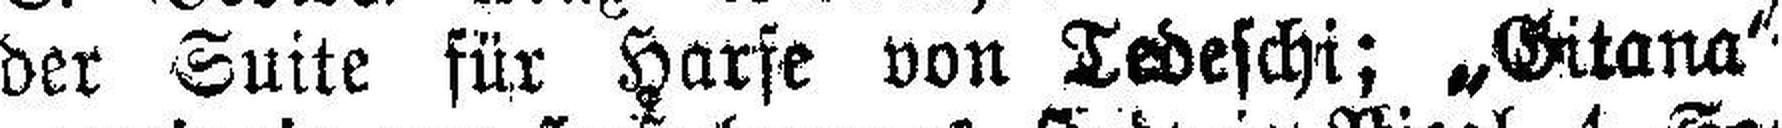
der Suite für Harfe von Tedeschi; „Gitana“